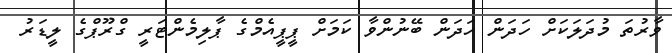
ވާރުތަ މުދަލަކަށް ހަދަން ހަދަން ބޭނުންވާ ކަމަށް ޕީޕީއެމްގެ ޕާލިމެންޓަރީ ގްރޫޕްގެ ލީޑަރު